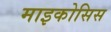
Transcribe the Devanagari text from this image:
माइकोसिस